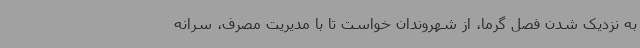
به نزدیک شدن فصل گرما، از شهروندان خواست تا با مدیریت مصرف، سرانه